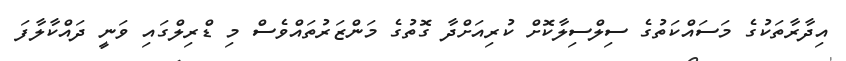
އިދާރާތަކުގެ މަސައްކަތުގެ ސިލްސިލާކޮށް ކުރިއަށްދާ ގޮތުގެ މަންޒަރުތައްވެސް މި ޑްރިލްގައި ވަނީ ދައްކާލާފަ